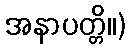
အနာပတ္တိ။)